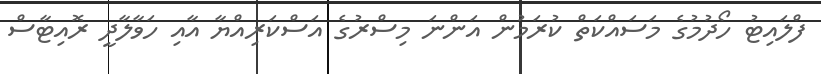
ފްލައިޓު ހޯދުމުގެ މަސައްކަތް ކުރަމުން އަންނަ މިސްރުގެ އަސްކަރިއްޔާ އާއި ހަވާލާދީ ރޮއިޓާސް